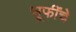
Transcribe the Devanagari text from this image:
सूफींचे